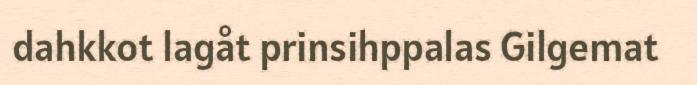
dahkkot lagåt prinsihppalas Gilgemat